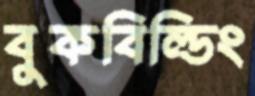
বুকবিল্ডিং